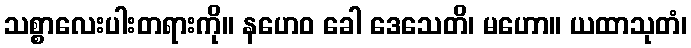
သစ္စာလေးပါးတရားကို။ နဟေဝ ခေါ ဒေသေတိ၊ မဟော။ ယထာသုတံ၊